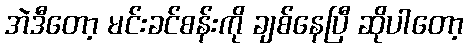
အဲဒီတော့ မင်းခင်စန်းကို ချစ်နေပြီ ဆိုပါတော့